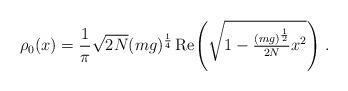
LaTeX: \begin{align*}\rho_{0}(x)=\frac{1}{\pi}\sqrt{2N}(mg)^{\frac{1}{4}}\,\mbox{Re}\!\left(\sqrt{1-\textstyle{\frac{(mg)^{\frac{1}{2}}}{2N}}x^{2}}\right)\,.\end{align*}